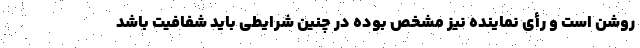
روشن است و رأی نماینده نیز مشخص بوده در چنین شرایطی باید شفافیت باشد